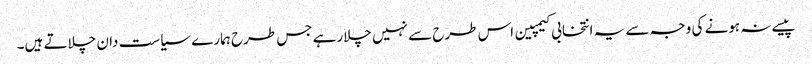
پیسے نہ ہونے کی وجہ سے یہ انتخابی کیمپین اس طرح سے نہیں چلارہے جس طرح ہمارے سیاست دان چلاتے ہیں۔